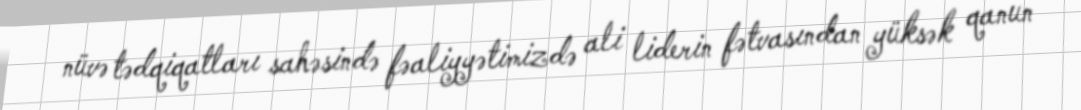
nüvə tədqiqatları sahəsində fəaliyyətimizdə ali liderin fətvasından yüksək qanun